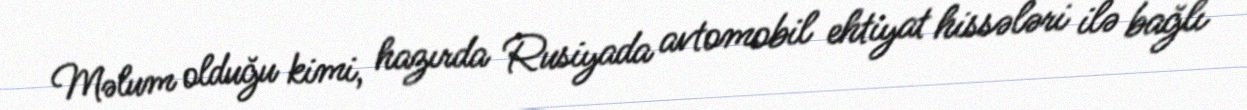
Məlum olduğu kimi, hazırda Rusiyada avtomobil ehtiyat hissələri ilə bağlı